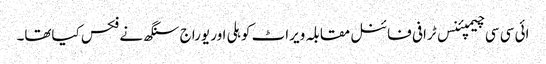
ائی سی سی چیمپئنس ٹرافی فائنل مقابلہ ویراٹ کوہلی اور یوراج سنگھ نے فکس کیاتھا۔